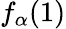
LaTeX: f_{\alpha}(1)